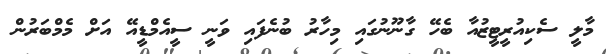
މާލީ ސެކިއުރީޓީޒުއާ ބެހޭ ގާނޫނުގައި މިހާރު ބުނެފައި ވަނީ ސީއެމްޑީއޭ އަށް މެމްބަރުން